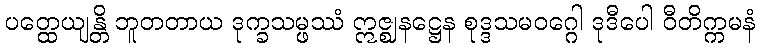
ပတ္ထေယျန္တိ ဘူတတာယ ဒုက္ခသမ္ဖဿံ ဣဇ္ဈနဋ္ဌေန စုဒ္ဒသမဝဂ္ဂေါ ဒုဒီပေါ ဝီတိက္ကမနံ